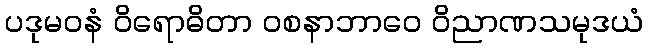
ပဒုမဝနံ ဝိရောဓိတာ ဝစနာဘာဝေ ဝိညာဏသမုဒယံ